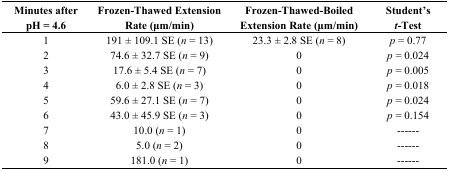
<table><thead><tr><td><b>Minutes after pH = 4.6</b></td><td><b>Frozen-Thawed Extension Rate (μm/min)</b></td><td><b>Frozen-Thawed-Boiled Extension Rate (μm/min)</b></td><td><b>Student’s <i>t</i>-Test</b></td></tr></thead><tbody><tr><td>1</td><td>191 ± 109.1 SE (<i>n</i> = 13)</td><td>23.3 ± 2.8 SE (<i>n</i> = 8)</td><td><i>p</i> = 0.77</td></tr><tr><td>2</td><td>74.6 ± 32.7 SE (<i>n</i> = 9)</td><td>0</td><td><i>p</i> = 0.024</td></tr><tr><td>3</td><td>17.6 ± 5.4 SE (<i>n</i> = 7)</td><td>0</td><td><i>p</i> = 0.005</td></tr><tr><td>4</td><td>6.0 ± 2.8 SE (<i>n</i> = 3)</td><td>0</td><td><i>p</i> = 0.018</td></tr><tr><td>5</td><td>59.6 ± 27.1 SE (<i>n</i> = 7)</td><td>0</td><td><i>p</i> = 0.024</td></tr><tr><td>6</td><td>43.0 ± 45.9 SE (<i>n</i> = 3)</td><td>0</td><td><i>p</i> = 0.154</td></tr><tr><td>7</td><td>10.0 (<i>n</i> = 1)</td><td>0</td><td>------</td></tr><tr><td>8</td><td>5.0 (<i>n</i> = 2)</td><td>0</td><td>------</td></tr><tr><td>9</td><td>181.0 (<i>n</i> = 1)</td><td>0</td><td>------</td></tr></tbody></table>